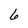
Character: 6